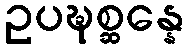
ဥပဍ္ဎစ္ဆန္နေ